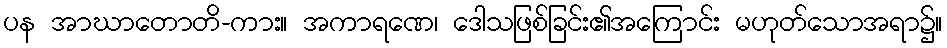
ပန အာဃာတောတိ-ကား။ အကာရဏေ၊ ဒေါသဖြစ်ခြင်း၏အကြောင်း မဟုတ်သောအရာ၌။